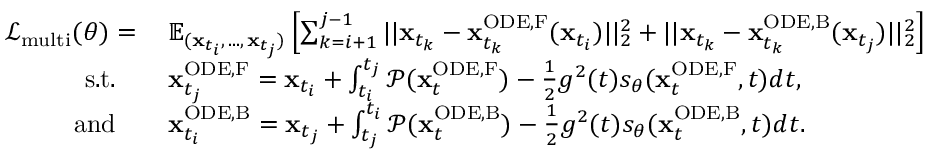
\begin{array} { r l } { \mathcal { L } _ { \mathrm { m u l t i } } ( \theta ) = \: } & { \mathbb { E } _ { ( \mathbf { x } _ { t _ { i } } , \, . . . , \, \mathbf { x } _ { t _ { j } } ) } \left[ \sum _ { k = i + 1 } ^ { j - 1 } | | \mathbf { x } _ { t _ { k } } - \mathbf { x } _ { t _ { k } } ^ { \mathrm { O D E , F } } ( \mathbf { x } _ { t _ { i } } ) | | _ { 2 } ^ { 2 } + | | \mathbf { x } _ { t _ { k } } - \mathbf { x } _ { t _ { k } } ^ { \mathrm { O D E , B } } ( \mathbf { x } _ { t _ { j } } ) | | _ { 2 } ^ { 2 } \right] } \\ { \mathrm { s . t . } \quad } & { \mathbf { x } _ { t _ { j } } ^ { \mathrm { O D E , F } } = \mathbf { x } _ { t _ { i } } + \int _ { t _ { i } } ^ { t _ { j } } \mathcal { P } ( \mathbf { x } _ { t } ^ { \mathrm { O D E , F } } ) - \frac { 1 } { 2 } g ^ { 2 } ( t ) s _ { \theta } ( \mathbf { x } _ { t } ^ { \mathrm { O D E , F } } , t ) d t , } \\ { \mathrm { a n d } \quad } & { \mathbf { x } _ { t _ { i } } ^ { \mathrm { O D E , B } } = \mathbf { x } _ { t _ { j } } + \int _ { t _ { j } } ^ { t _ { i } } \mathcal { P } ( \mathbf { x } _ { t } ^ { \mathrm { O D E , B } } ) - \frac { 1 } { 2 } g ^ { 2 } ( t ) s _ { \theta } ( \mathbf { x } _ { t } ^ { \mathrm { O D E , B } } , t ) d t . } \end{array}